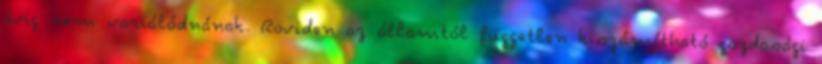
évig nem variálódnának. Röviden az államtól független kiszámítható gazdasági